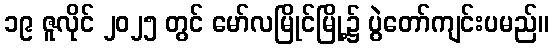
၁၉ ဇူလိုင် ၂၀၂၅ တွင် မော်လမြိုင်မြို့၌ ပွဲတော်ကျင်းပမည်။